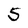
Character: 5